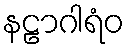
နဠာဂါရံဝ